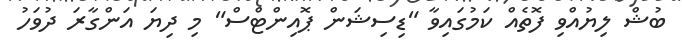
ބުޝް ލިޔުއްވި ފޮތެއް ކަމުގައިވާ "ޑިސިޝަން ޕޮއިންޓްސް" މި ދިޔަ އަންގާރަ ދުވަހު